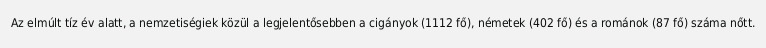
Az elmúlt tíz év alatt, a nemzetiségiek közül a legjelentősebben a cigányok (1112 fő), németek (402 fő) és a románok (87 fő) száma nőtt.